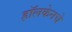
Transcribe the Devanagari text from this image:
हॉलकेनचे